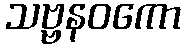
သဗ္ဗနဝကော